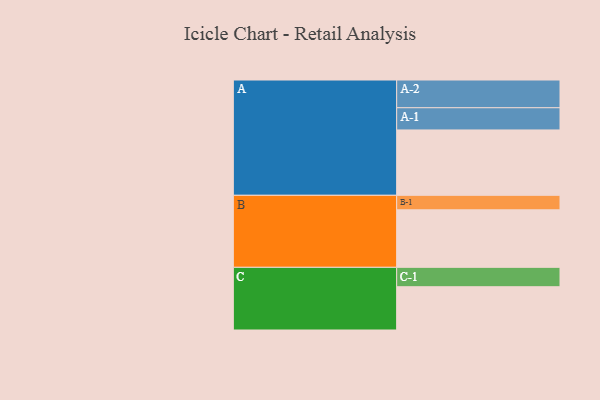
{"axis": {"x": "Segment", "y": "Value"}, "legend": ["", "A", "B", "C"], "data": [{"x": "A", "y": 509, "type": ""}, {"x": "B", "y": 448, "type": ""}, {"x": "C", "y": 337, "type": ""}, {"x": "A-1", "y": 173, "type": "A"}, {"x": "A-2", "y": 216, "type": "A"}, {"x": "B-1", "y": 113, "type": "B"}, {"x": "C-1", "y": 151, "type": "C"}]}